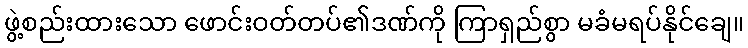
ဖွဲ့စည်းထားသော ဖောင်းဝတ်တပ်၏ဒဏ်ကို ကြာရှည်စွာ မခံမရပ်နိုင်ချေ။